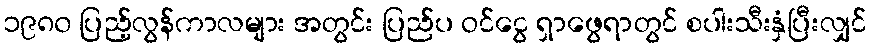
၁၉၈၀ ပြည့်လွန်ကာလများ အတွင်း ပြည်ပ ဝင်ငွေ ရှာဖွေရာတွင် စပါးသီးနှံပြီးလျှင်